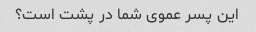
این پسر عموی شما در پشت است؟